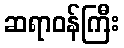
ဆရာဝန်ကြီး